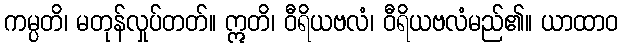
ကမ္ပတိ၊ မတုန်လှုပ်တတ်။ ဣတိ၊ ဝီရိယဗလံ၊ ဝီရိယဗလံမည်၏။ ယာထာဝ